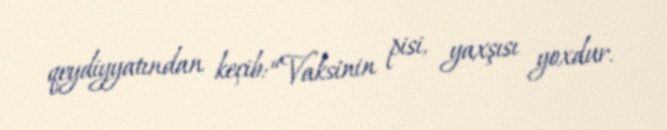
qeydiyyatından keçib: “Vaksinin pisi, yaxşısı yoxdur.